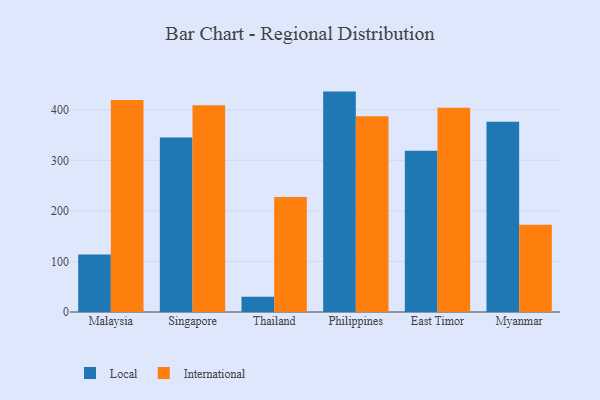
{"axis": {"x": "Country", "y": "Budget (USD K)"}, "legend": ["International", "Local"], "data": [{"x": "Malaysia", "y": 113.6, "type": "Local"}, {"x": "Malaysia", "y": 419.2, "type": "International"}, {"x": "Singapore", "y": 345.4, "type": "Local"}, {"x": "Singapore", "y": 408.9, "type": "International"}, {"x": "Thailand", "y": 30.1, "type": "Local"}, {"x": "Thailand", "y": 227.5, "type": "International"}, {"x": "Philippines", "y": 436.0, "type": "Local"}, {"x": "Philippines", "y": 387.2, "type": "International"}, {"x": "East Timor", "y": 318.8, "type": "Local"}, {"x": "East Timor", "y": 404.2, "type": "International"}, {"x": "Myanmar", "y": 376.6, "type": "Local"}, {"x": "Myanmar", "y": 172.7, "type": "International"}]}